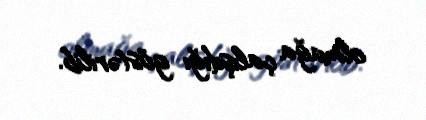
olmağa çalışdığı göstərilib.